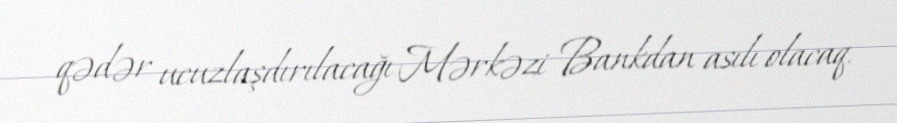
qədər ucuzlaşdırılacağı Mərkəzi Bankdan asılı olacaq.